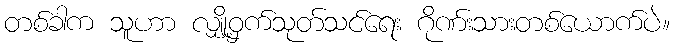
တစ်ခါက သူဟာ လျှို့ဝှက်သုတ်သင်ရေး ဂိုဏ်းသားတစ်ယောက်ပဲ။